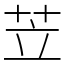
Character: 苙